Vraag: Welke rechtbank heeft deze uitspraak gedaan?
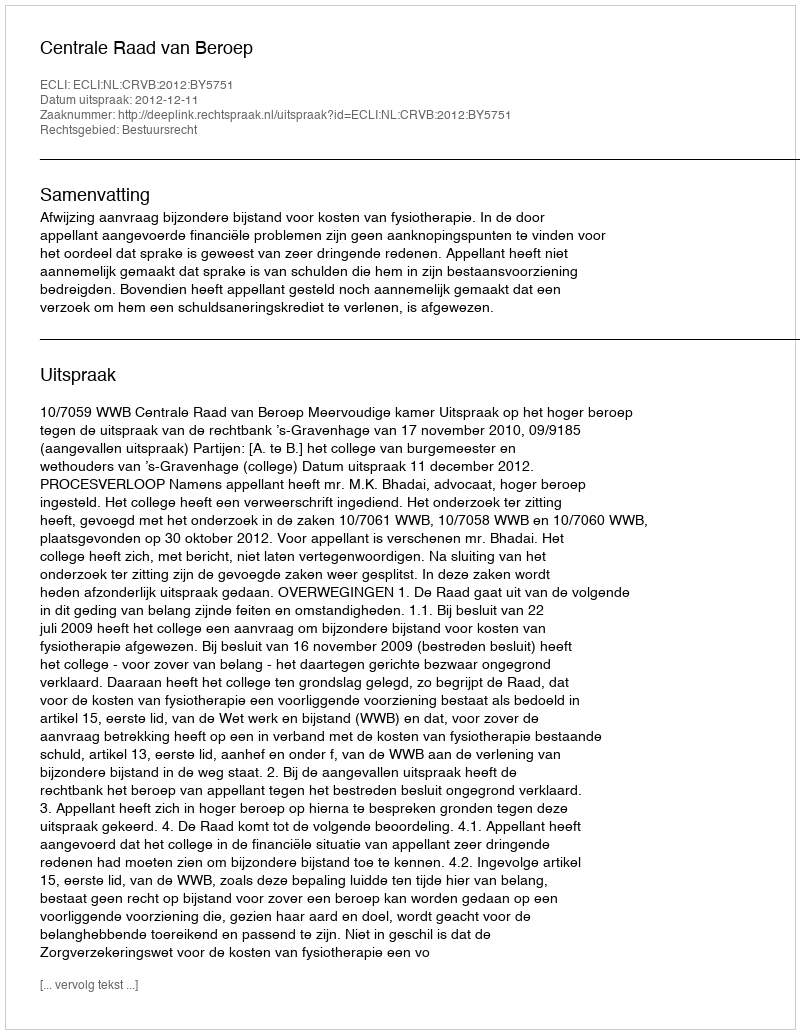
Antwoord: Centrale Raad van Beroep